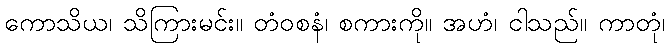
ကောသိယ၊ သိကြားမင်း။ တံဝစနံ၊ စကားကို။ အဟံ၊ ငါသည်။ ကာတုံ၊